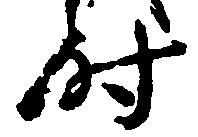
時